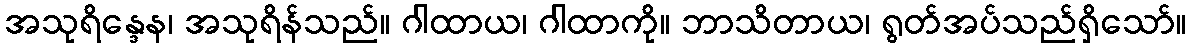
အသုရိန္ဒေန၊ အသုရိန်သည်။ ဂါထာယ၊ ဂါထာကို။ ဘာသိတာယ၊ ရွတ်အပ်သည်ရှိသော်။